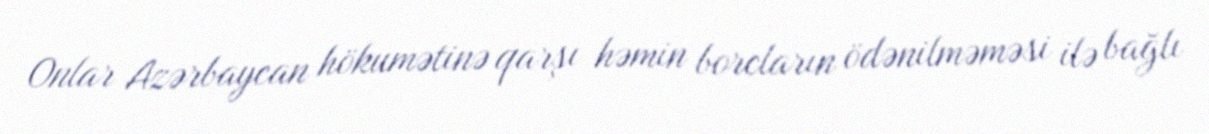
Onlar Azərbaycan hökumətinə qarşı həmin borcların ödənilməməsi ilə bağlı